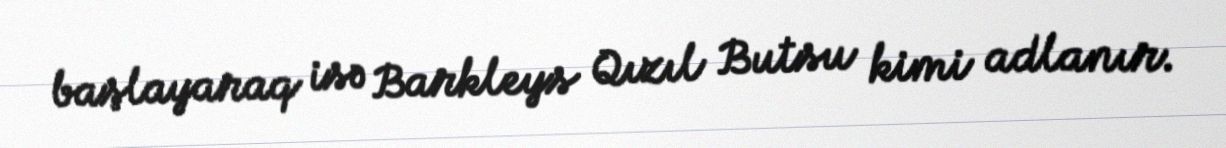
başlayaraq isə Barkleys Qızıl Butsu kimi adlanır.